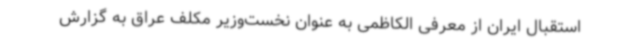
استقبال ایران از معرفی الکاظمی به عنوان نخست‌وزیر مکلف عراق به گزارش